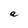
Character: a